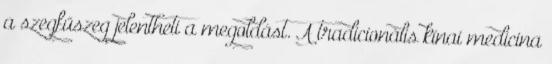
a szegfűszeg jelentheti a megoldást. A tradicionális kínai medicina